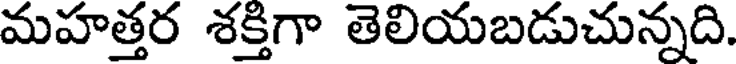
మహత్తర శక్తిగా తెలియబడుచున్నది.